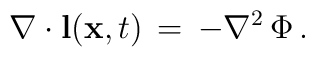
\nabla \cdot {\bf l}({\bf x}, t)\, =\, - \nabla^{2}\, \Phi\, .